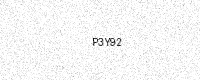
Text: P3Y92